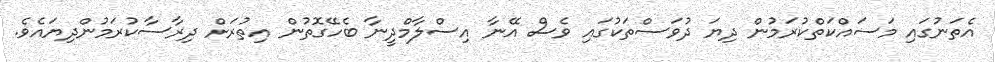
އެތަނުގައި މަސައްކަތްކުރަމުން ދިޔަ ދުވަސްތަކުގައި ވެސް އޭނާ އިސްލާމްދީނާ ބެހޭގޮތުން އިތުރަށް ދިރާސާކުރަމުންދިޔައެވެ.